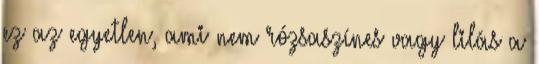
ez az egyetlen, ami nem rózsaszínes vagy lilás a